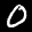
Label: 0